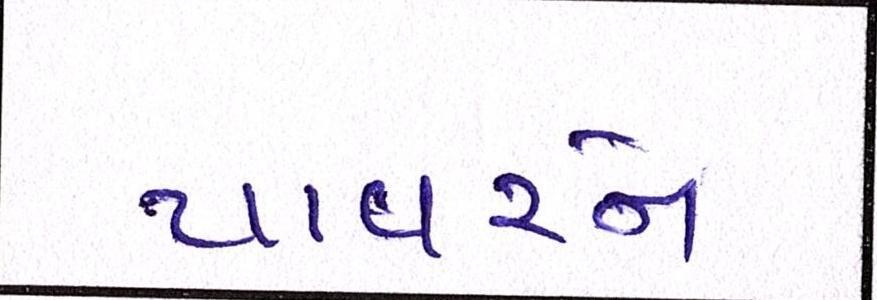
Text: પાવરને